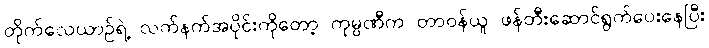
တိုက်လေယာဉ်ရဲ့ လက်နက်အပိုင်းကိုတော့ ကုမ္ပဏီက တာဝန်ယူ ဖန်တီးဆောင်ရွက်ပေးနေပြီး